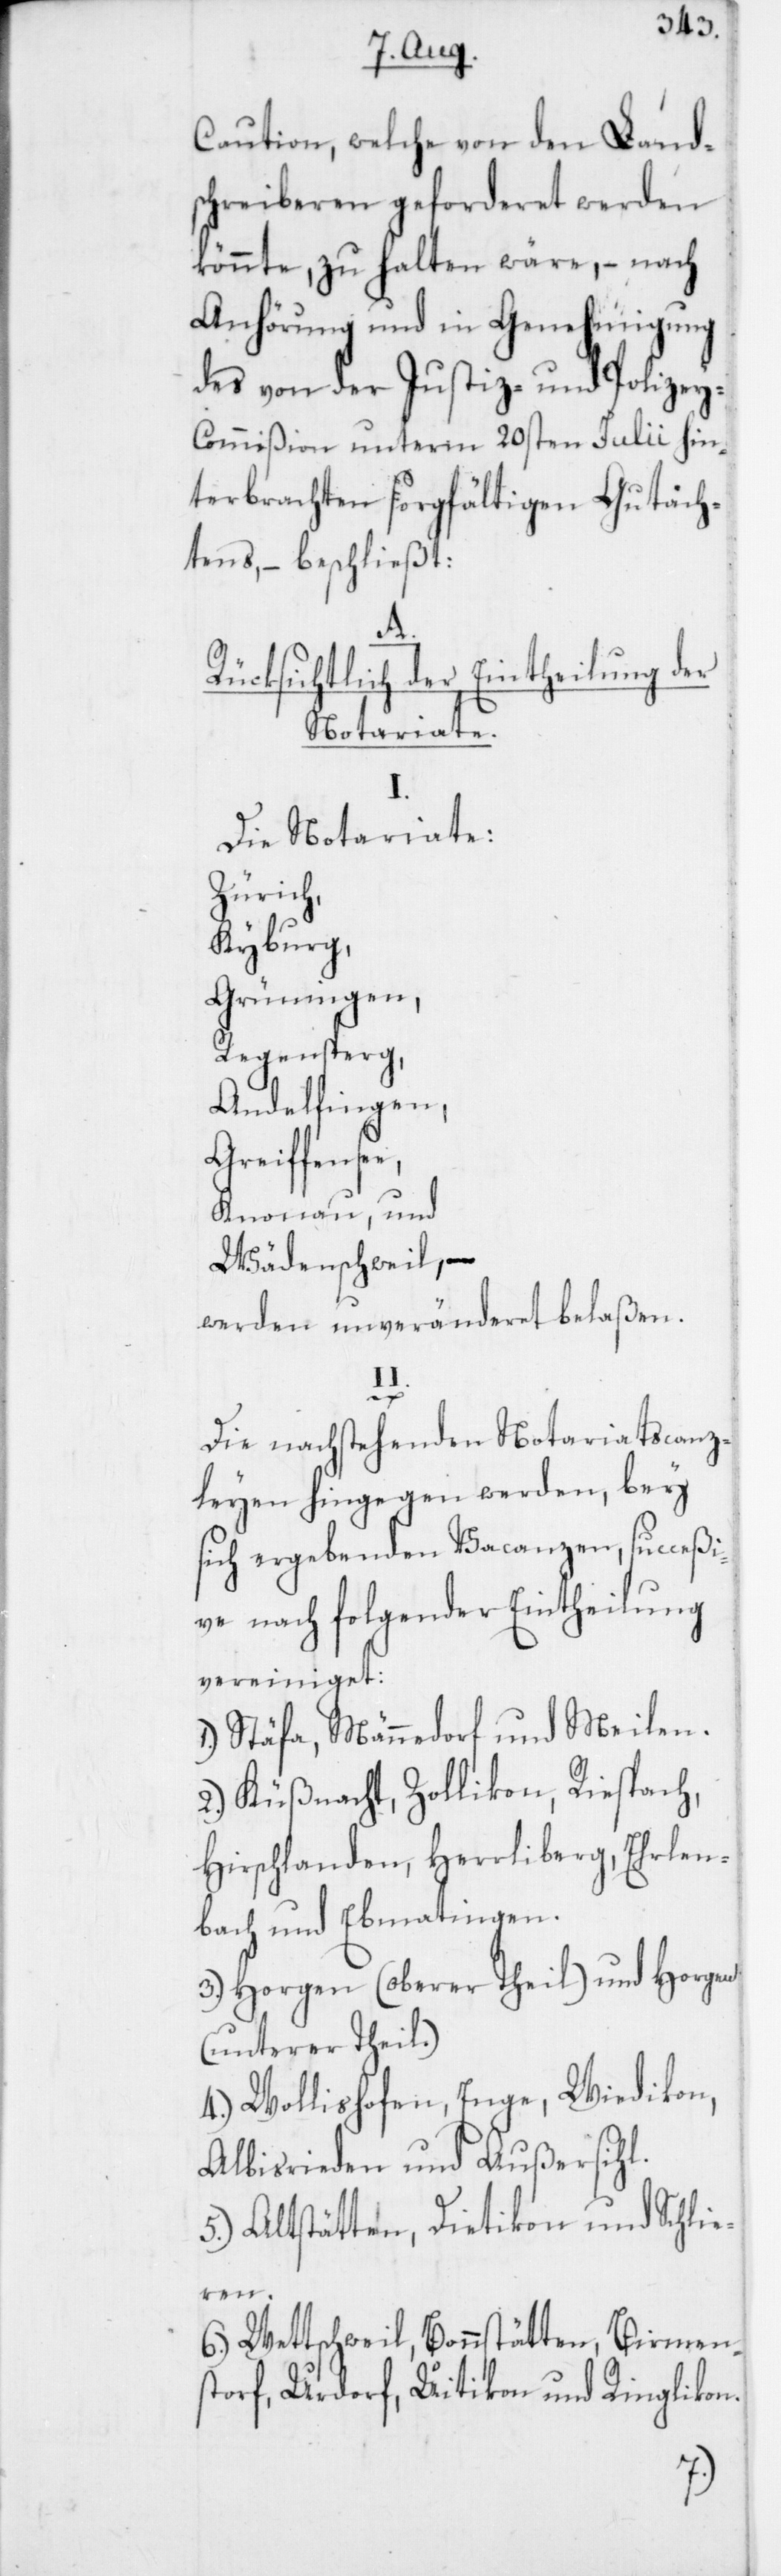
Caution, welche von den Land¬
schreiberen geforderet werden
könnte, zu halten wäre, – nach
Anhörung und in Genehmigung
des von der Justiz- und Polizey-C¬
ommißion unterm 20sten Julii hin¬
terbrachten sorgfältigen Gutach¬
tens, – beschließt:
A.
Rücksichtlich der Eintheilung der
Notariate.
Die Notariate:
Zürich,
Kyburg,
Grüningen,
Regensperg,
Andelfingen,
Greiffensee,
Knonau, und
Wädenschweil, –
werden unveränderet belaßen.
II.
Die nachstehenden Notariatscanz¬
leyen hingegen werden, bey
sich ergebenden Vacanzen, succeßi¬
ve nach folgender Eintheilung
vereiniget:
1. Stäfa, Männedorf und Meilen.
2. Küßnacht, Zollikon, Riespach,
Hirschlanden, Herrliberg, Erlen¬
bach und Ebmatingen.
3. Horgen (oberer Theil) und Horgen
(unterer Theil).
4. Wollishofen, Enge, Wiedikon,
Albisrieden und Außersihl.
5. Altstätten, Dietikon und Schlie¬
ren.
6. Wettschweil, Bonstätten, Birmen¬
storf, Urdorf, Uitikon und Ringlikon.